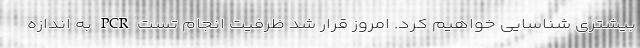
بیشتری شناسایی خواهیم کرد. امروز قرار شد ظرفیت انجام تست PCR به اندازه